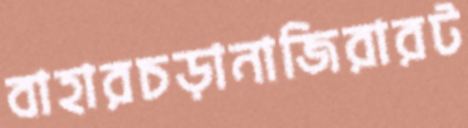
বাহারচড়ানাজিরারট